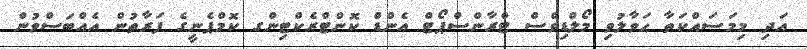
އަދި މިމަސައްކަތާ ޙަވާލުވި މޯލްޑިވްސް ޓްރާންސްޕޯޓް އެންޑް ކޮންޓްރެކްޓިންގ ކޮމްޕެނީގެ ފަރާތުން އެއްބަސްވުން